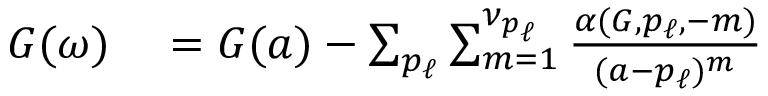
\begin{array} { r } { \begin{array} { r l } { G ( \omega ) } & { { } = G ( a ) - \sum _ { p _ { \ell } } \sum _ { m = 1 } ^ { \nu _ { p _ { \ell } } } \frac { \alpha ( G , p _ { \ell } , - m ) } { ( a - p _ { \ell } ) ^ { m } } } \end{array} } \end{array}